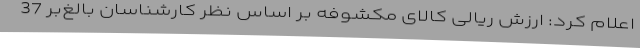
اعلام کرد: ارزش ریالی کالای مکشوفه بر اساس نظر کارشناسان بالغ‌بر 37